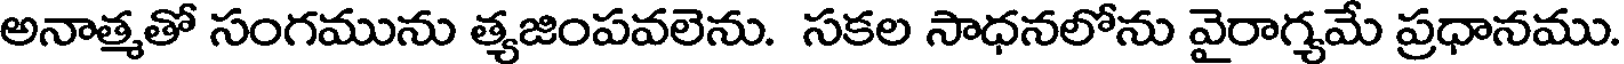
అనాత్మతో సంగమును త్యజింపవలెను. సకల సాధనలోను వైరాగ్యమే ప్రధానము.